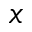
x